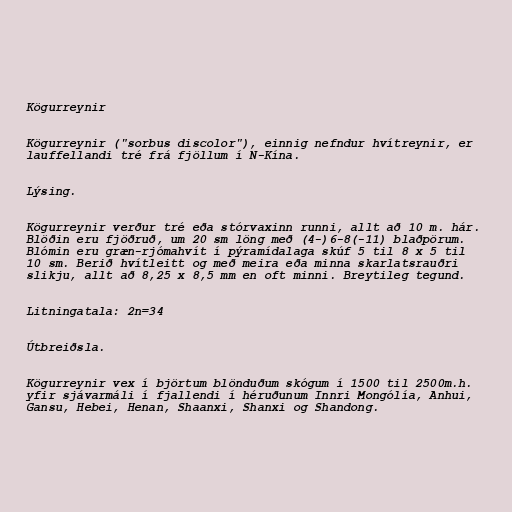
Kögurreynir

Kögurreynir ("sorbus discolor"), einnig nefndur hvítreynir, er
lauffellandi tré frá fjöllum í N-Kína.

Lýsing.

Kögurreynir verður tré eða stórvaxinn runni, allt að 10 m. hár.
Blöðin eru fjöðruð, um 20 sm löng með (4-)6-8(-11) blaðpörum.
Blómin eru græn-rjómahvít í pýramídalaga skúf 5 til 8 x 5 til
10 sm. Berið hvítleitt og með meira eða minna skarlatsrauðri
slikju, allt að 8,25 x 8,5 mm en oft minni. Breytileg tegund.

Litningatala: 2n=34

Útbreiðsla.

Kögurreynir vex í björtum blönduðum skógum í 1500 til 2500m.h.
yfir sjávarmáli í fjallendi í héruðunum Innri Mongólía, Anhui,
Gansu, Hebei, Henan, Shaanxi, Shanxi og Shandong.